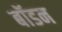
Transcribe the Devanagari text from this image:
बॉडन